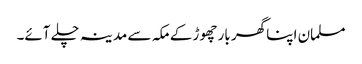
مسلمان اپنا گھر بار چھوڑ کے مکہ سے مدینہ چلے آئے۔